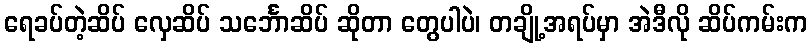
ရေခပ်တဲ့ဆိပ် လှေဆိပ် သင်္ဘောဆိပ် ဆိုတာ တွေပါပဲ၊ တချို့အရပ်မှာ အဲဒီလို ဆိပ်ကမ်းက